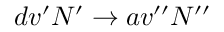
d v ^ { \prime } N ^ { \prime } \rightarrow a v ^ { \prime \prime } N ^ { \prime \prime }